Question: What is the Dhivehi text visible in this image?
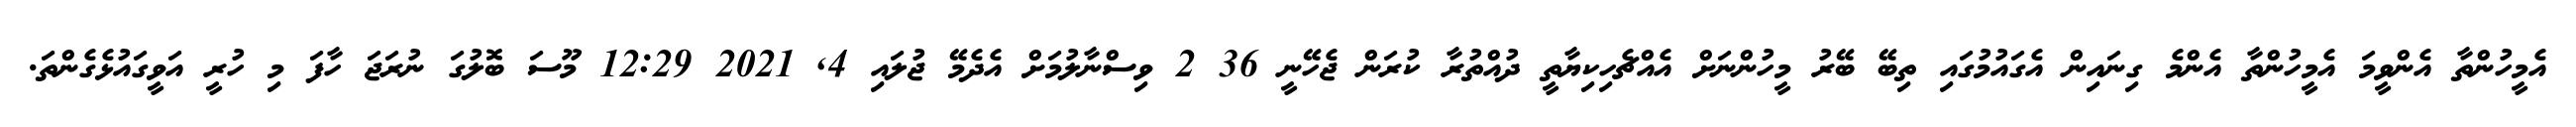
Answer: އެމީހުންތާ އެންވީމަ އެމީހުންތާ އެންމެ ގިނައިން އެގައުމުގައި ތިބޭ ބޭރު މީހުންނަށް އެއްޗެހިކިޔާތީ ދުއްތުރާ ކުރަން ޖެހޭނީ 36 2 ވިސްނާލުމަށް އެދެމޭ ޖުލައި 4, 2021 12:29 މޫސަ ބޮލުގަ ނުރަޖަ ހާފަ މި ހުރީ އަވީގައުޅެގެންތަ.